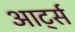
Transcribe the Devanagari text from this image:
आर्ट्स